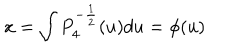
LaTeX: x = \int P _ { 4 } ^ { - \frac { 1 } { 2 } } ( u ) d u = \phi ( u )